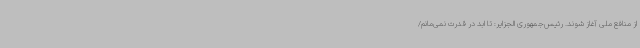
از منافع ملی آغاز شوند. رئیس‌جمهوری الجزایر: تا ابد در قدرت نمی‌مانم/